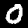
Label: 0